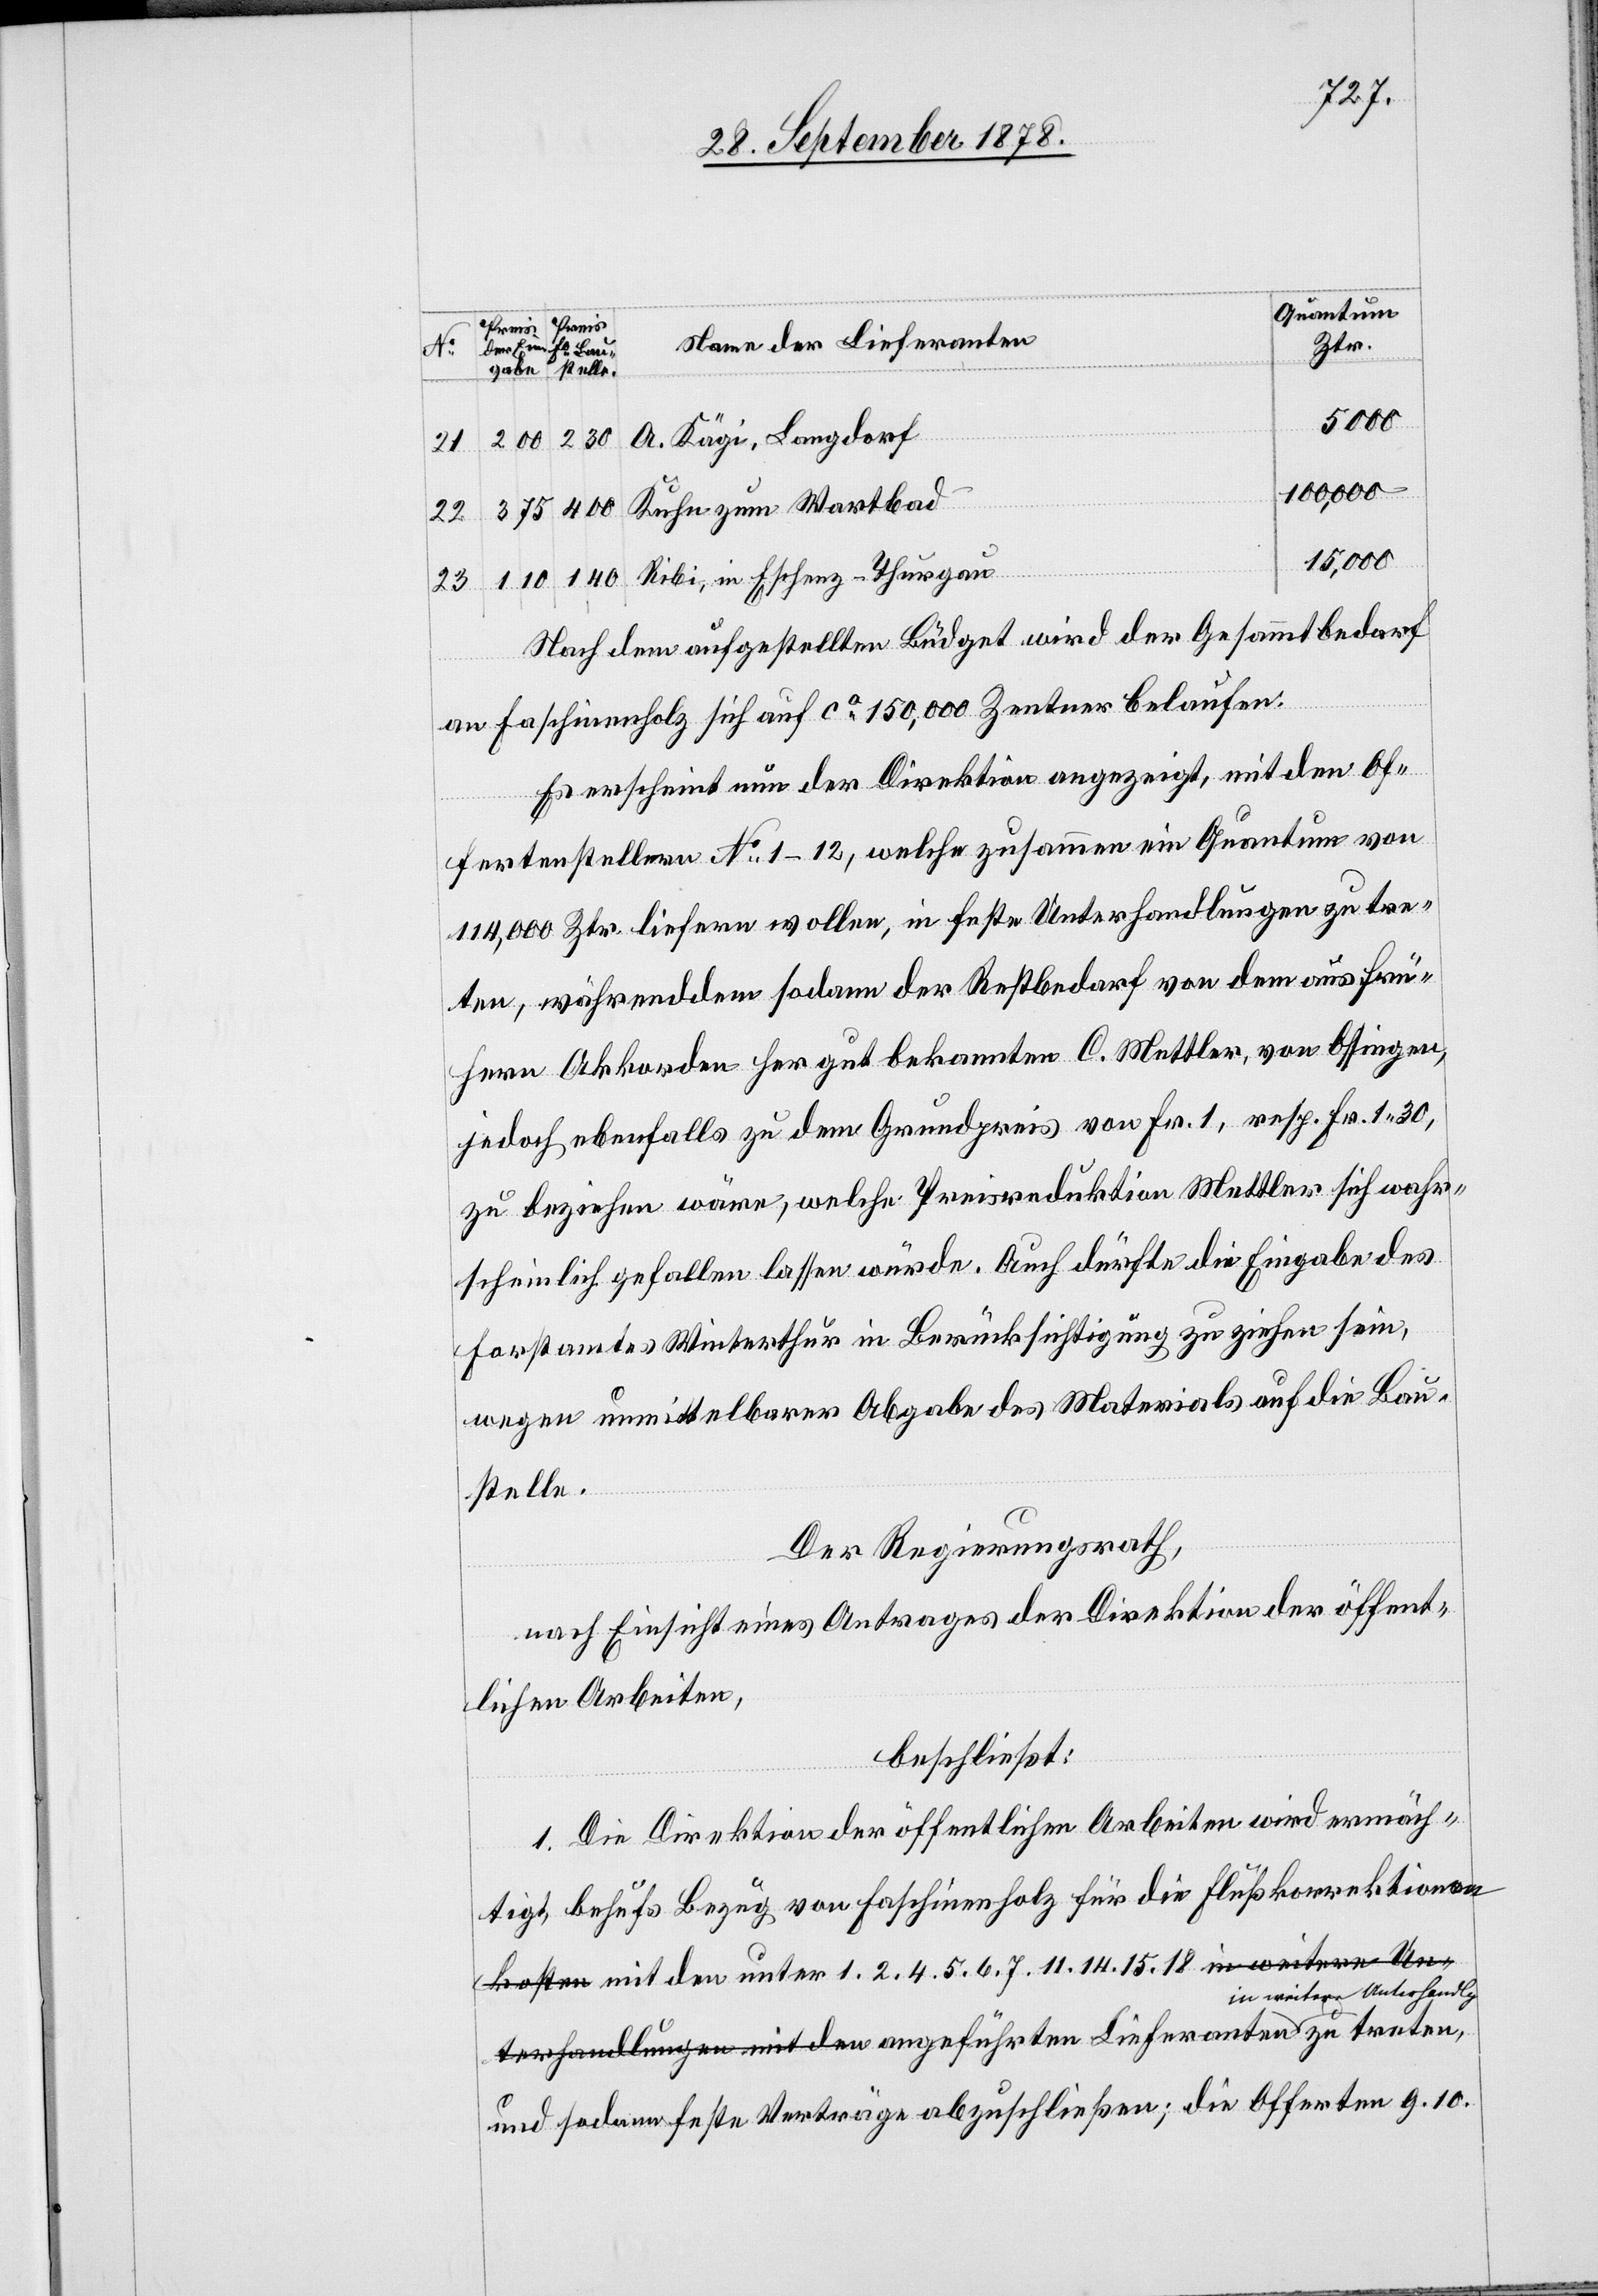
6. 7.
15.
5000
A. Kägi, Langdorf
11.
100,000
22.
15,000
Ribi, in Eschenz - Thurgau
23.
Nach dem aufgestellten Büdget wird der Gesammtbedarf
an Faschinenholz sich auf ca 150,000 Zentner belaufen.
Es erscheint nun der Direktion angezeigt, mit den Of¬
fertenstellern No 1–12, welche zusammen ein Quantum von
114,000 Ztr. liefern wollen, in feste Unterhandlungen zu tre¬
ten, währendem sodann der Restbedarf von dem aus frü¬
hern Akkorden her gut bekannten C. Mettler, von Ossingen,
jedoch ebenfalls zu dem Grundpreis von Fr. 1, resp. Fr. 1 30,
zu beziehen wäre, welche Preisreduktion Mettler sich wahr¬
scheinlich gefallen lassen würde. Auch dürfte die Eingabe des
Forstamtes Winterthur in Berücksichtigung zu ziehen sein,
wegen unmittelbarer Abgabe des Materials auf die Bau¬
stelle.
Der Regierungsrath,
nach Einsicht eines Antrages der Direktion der öffent¬
lichen Arbeiten,
beschließt:
1. Die Direktion der öffentlichen Arbeiten wird ermäch¬
tigt, behufs Bezug von Faschinenholz für die Flußkorrektionen
in weitere Unterhandlg.
und sodann feste Verträge abzuschließen; die Offerten 9. 10.